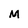
Character: M